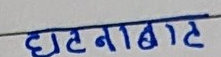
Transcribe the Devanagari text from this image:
घटनाबाट